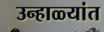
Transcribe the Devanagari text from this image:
उन्हाळ्यांत